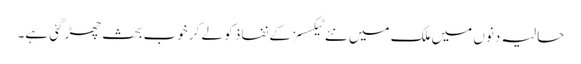
حالیہ دنوں میں ملک میں نئے ٹیکسسز کے نفاذ کو لے کر خوب بحث چھڑ گئی ہے۔